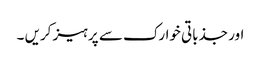
اور جذباتی خوارک سے پرہیز کریں ۔